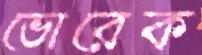
ভোরেক